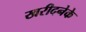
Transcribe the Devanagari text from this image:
खरीदनेके